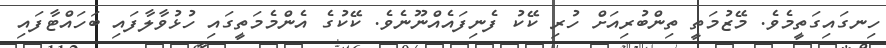
ހިނގައިގަތީމެވެ. މޭޒުމަތީ ތިންބުރިއަށް ހުރި ކޭކު ފެނިފައެއްނޫނެވެ. ކޭކުގެ އެންމެމަތީގައި ހުޅުވާލާފައި ބަހައްޓާފައި